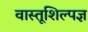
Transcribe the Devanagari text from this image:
वास्तूशिल्पज्ञ